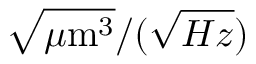
\sqrt { \mu \mathrm { m } ^ { 3 } } / ( \sqrt { H z } )